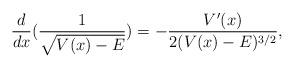
LaTeX: \begin{align*}\frac{d}{dx} ( \frac{1}{\sqrt{V(x) - E}} ) = - \frac{V'(x)}{2 (V(x) - E)^{3/2}},\end{align*}